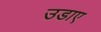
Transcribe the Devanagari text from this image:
उडाए